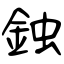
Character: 鉵